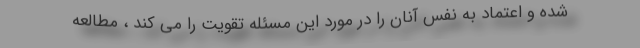
شده و اعتماد به نفس آنان را در مورد این مسئله تقویت را می کند ، مطالعه